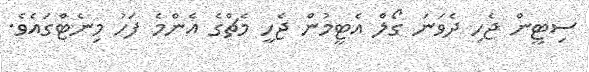
ސިޓީން ޖެހި ދެވަނަ ގޯލް އެޓީމުން ޖެހީ މެޗްގެ އެންމެ ފަހު މިނެޓްގައެވެ.